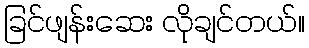
ခြင်ဖျန်းဆေး လိုချင်တယ်။